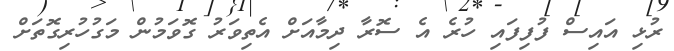
ރުޅި އައިސް ފުފިފައި ހުރެ އެ ސޮރާ ދިމާއަށް އެތިވަރު ގޮވަމުން މަގުހުރިގޮތަށް